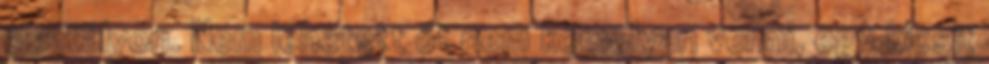
osztályon. Nem lehetett őt nem komolyan venni, egy kicsit